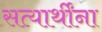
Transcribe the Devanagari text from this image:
सत्यार्थींना